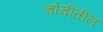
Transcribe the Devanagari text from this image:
चोचीतील